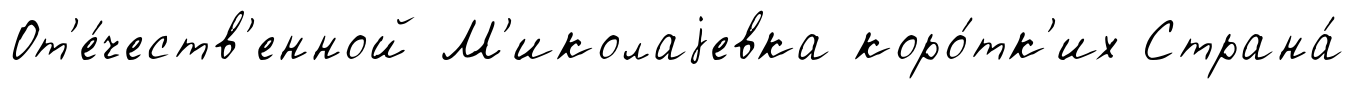
От'е́честв'енной М'иколаjевка коро́тк'их Страна́